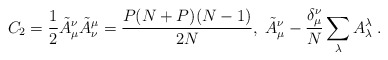
\begin{align*}C_{2}=\frac{1}{2}\tilde{A}^{\nu}_{\mu}\tilde{A}^{\mu}_{\nu}=\frac{P(N+P)(N-1)}{2N},\; \tilde{A}^{\nu}_{\mu}-\frac{\delta_{\mu}^{\nu}}{N}\sum_{\lambda}A^{\lambda}_{\lambda}\;.\end{align*}